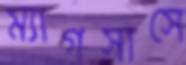
ম্যাগসাসে